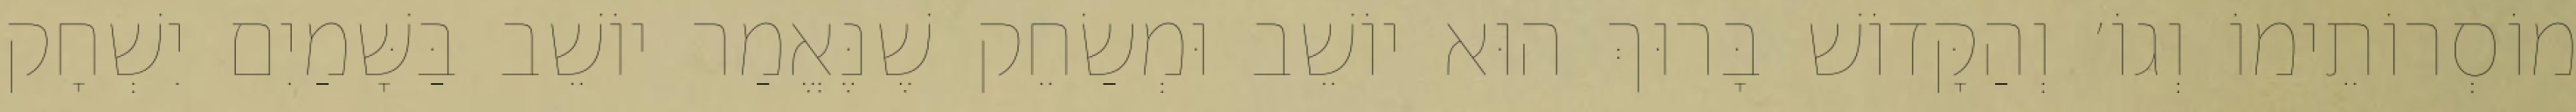
מוֹסְרוֹתֵימוֹ וְגוֹ׳ וְהַקָּדוֹשׁ בָּרוּךְ הוּא יוֹשֵׁב וּמְשַׂחֵק שֶׁנֶּאֱמַר יוֹשֵׁב בַּשָּׁמַיִם יִשְׁחָק